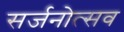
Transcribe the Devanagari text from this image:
सर्जनोत्सव